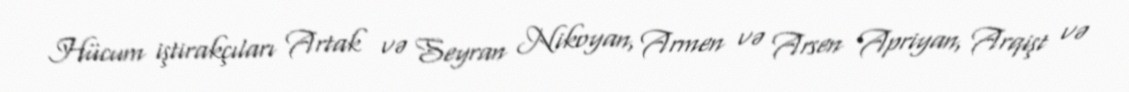
Hücum iştirakçıları Artak və Seyran Nikoyan, Armen və Arsen Apriyan, Arqişt və